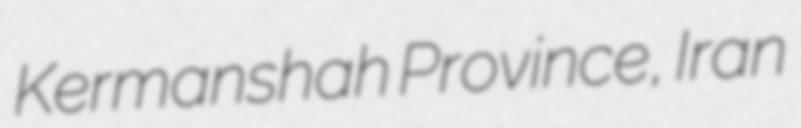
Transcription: Kermanshah Province, Iran